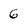
Character: 6